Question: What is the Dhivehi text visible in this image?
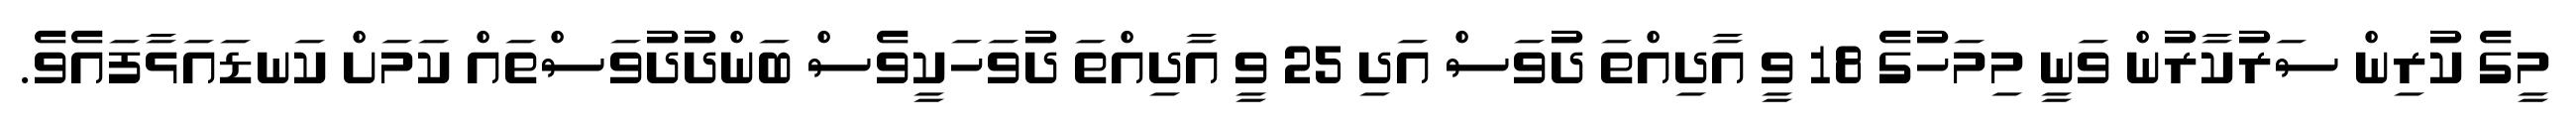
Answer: މީގެ ކުރިން ސަރުކާރުން ވަނީ މިމަހުގެ 18 ވީ އާދިއްތަ ދުވަސް އަދި 25 ވީ އާދިއްތަ ދުވަހަކީވެސް ބަންދުދުވަސްތައް ކަމަށް ކަނޑައަޅާފައެވެ.